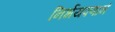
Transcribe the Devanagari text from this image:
निर्भयपणानं